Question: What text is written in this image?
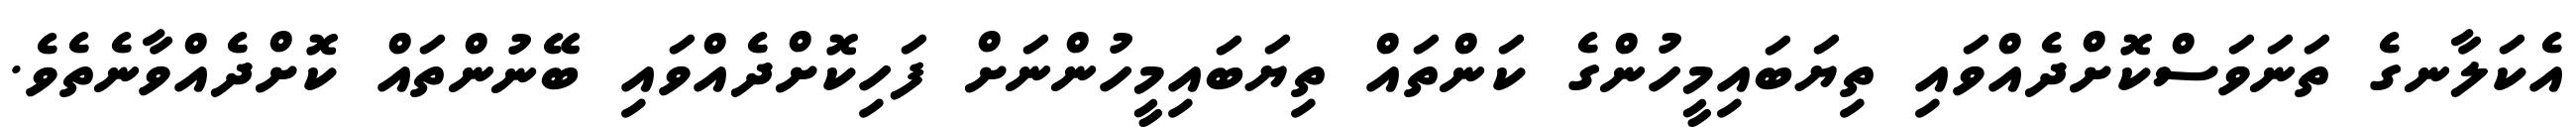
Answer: އެކަލާނގެ ތަނަވަސްކޮށްދެއްވައި ތިޔަބައިމީހުންގެ ކަންތައް ތިޔަބައިމީހުންނަށް ފަހިކޮށްދެއްވައި ބޭނުންތައް ކޮށްދެއްވާނެތެވެ.